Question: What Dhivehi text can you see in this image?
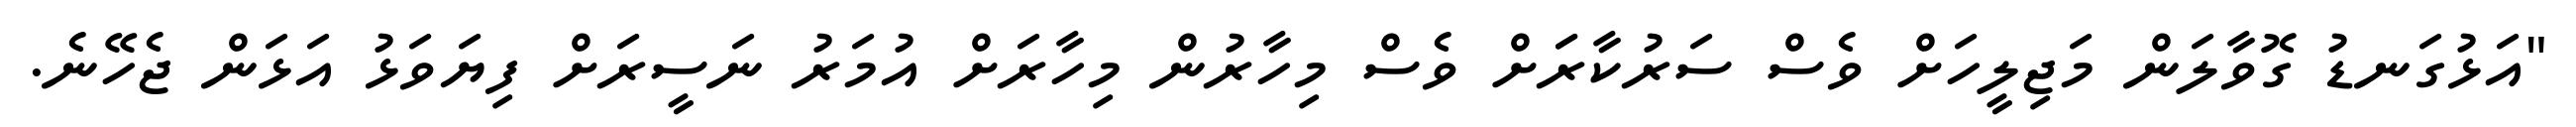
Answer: "އަޅުގަނޑު ގޮވާލަން މަޖިލީހަށް ވެސް ސަރުކާރަަށް ވެސް މިހާރުން މިހާރަށް އުމަރު ނަސީރަށް ފިޔަވަޅު އަޅަން ޖެހޭނެ.